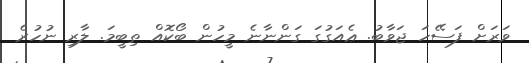
ވަރަށް ފަސޭހަ ޖަވާބު. ޢެއަގުގަ ގަންނާނެ މީހުން ބޯކޮއް ތިބީމަ. ލާރި ނުހުރެ